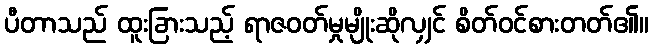
ပီတာသည် ထူးခြားသည့် ရာဇဝတ်မှုမျိုးဆိုလျှင် စိတ်ဝင်စားတတ်၏။